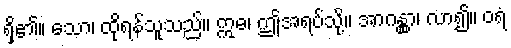
ရှိ၏။ သော၊ ထိုရန်သူသည်။ ဣဓ၊ ဤအရပ်သို့။ အာဂန္တွာ၊ လာ၍။ ဝရံ